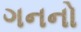
ગનનો